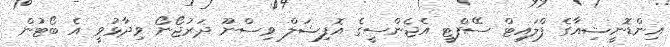
އިންޑޮނީޝިއާގެ ފްލައިޓް ސޭފްޓީ އެޖެންސީގެ އޮފިޝަލް ވިސްނޫ ދަރުޖޯނޯ ވިދާޅުވީ އެ ބޯޓުން